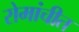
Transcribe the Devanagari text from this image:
रोमांचीत